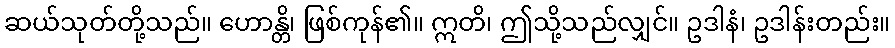
ဆယ်သုတ်တို့သည်။ ဟောန္တိ၊ ဖြစ်ကုန်၏။ ဣတိ၊ ဤသို့သည်လျှင်။ ဥဒါနံ၊ ဥဒါန်းတည်း။